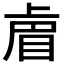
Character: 𭾴